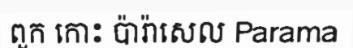
ពួក កោះ ប៉ារ៉ាសេល Parama